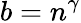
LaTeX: b=n^{\gamma}